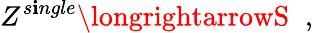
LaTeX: Z^{s\mathbf{i}ngle}\longrightarrowS\; \; ,